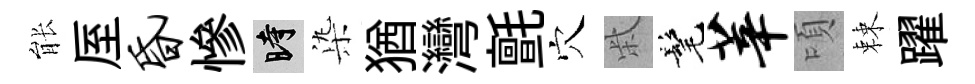
䏻厔昏慘时𣑱猶灣氈穴柴髦莘頃棘躍